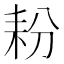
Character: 𮋤